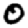
Digit: 0